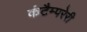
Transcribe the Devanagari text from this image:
कंटैम्परेरी